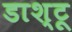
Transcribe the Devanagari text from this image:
डाश्टू